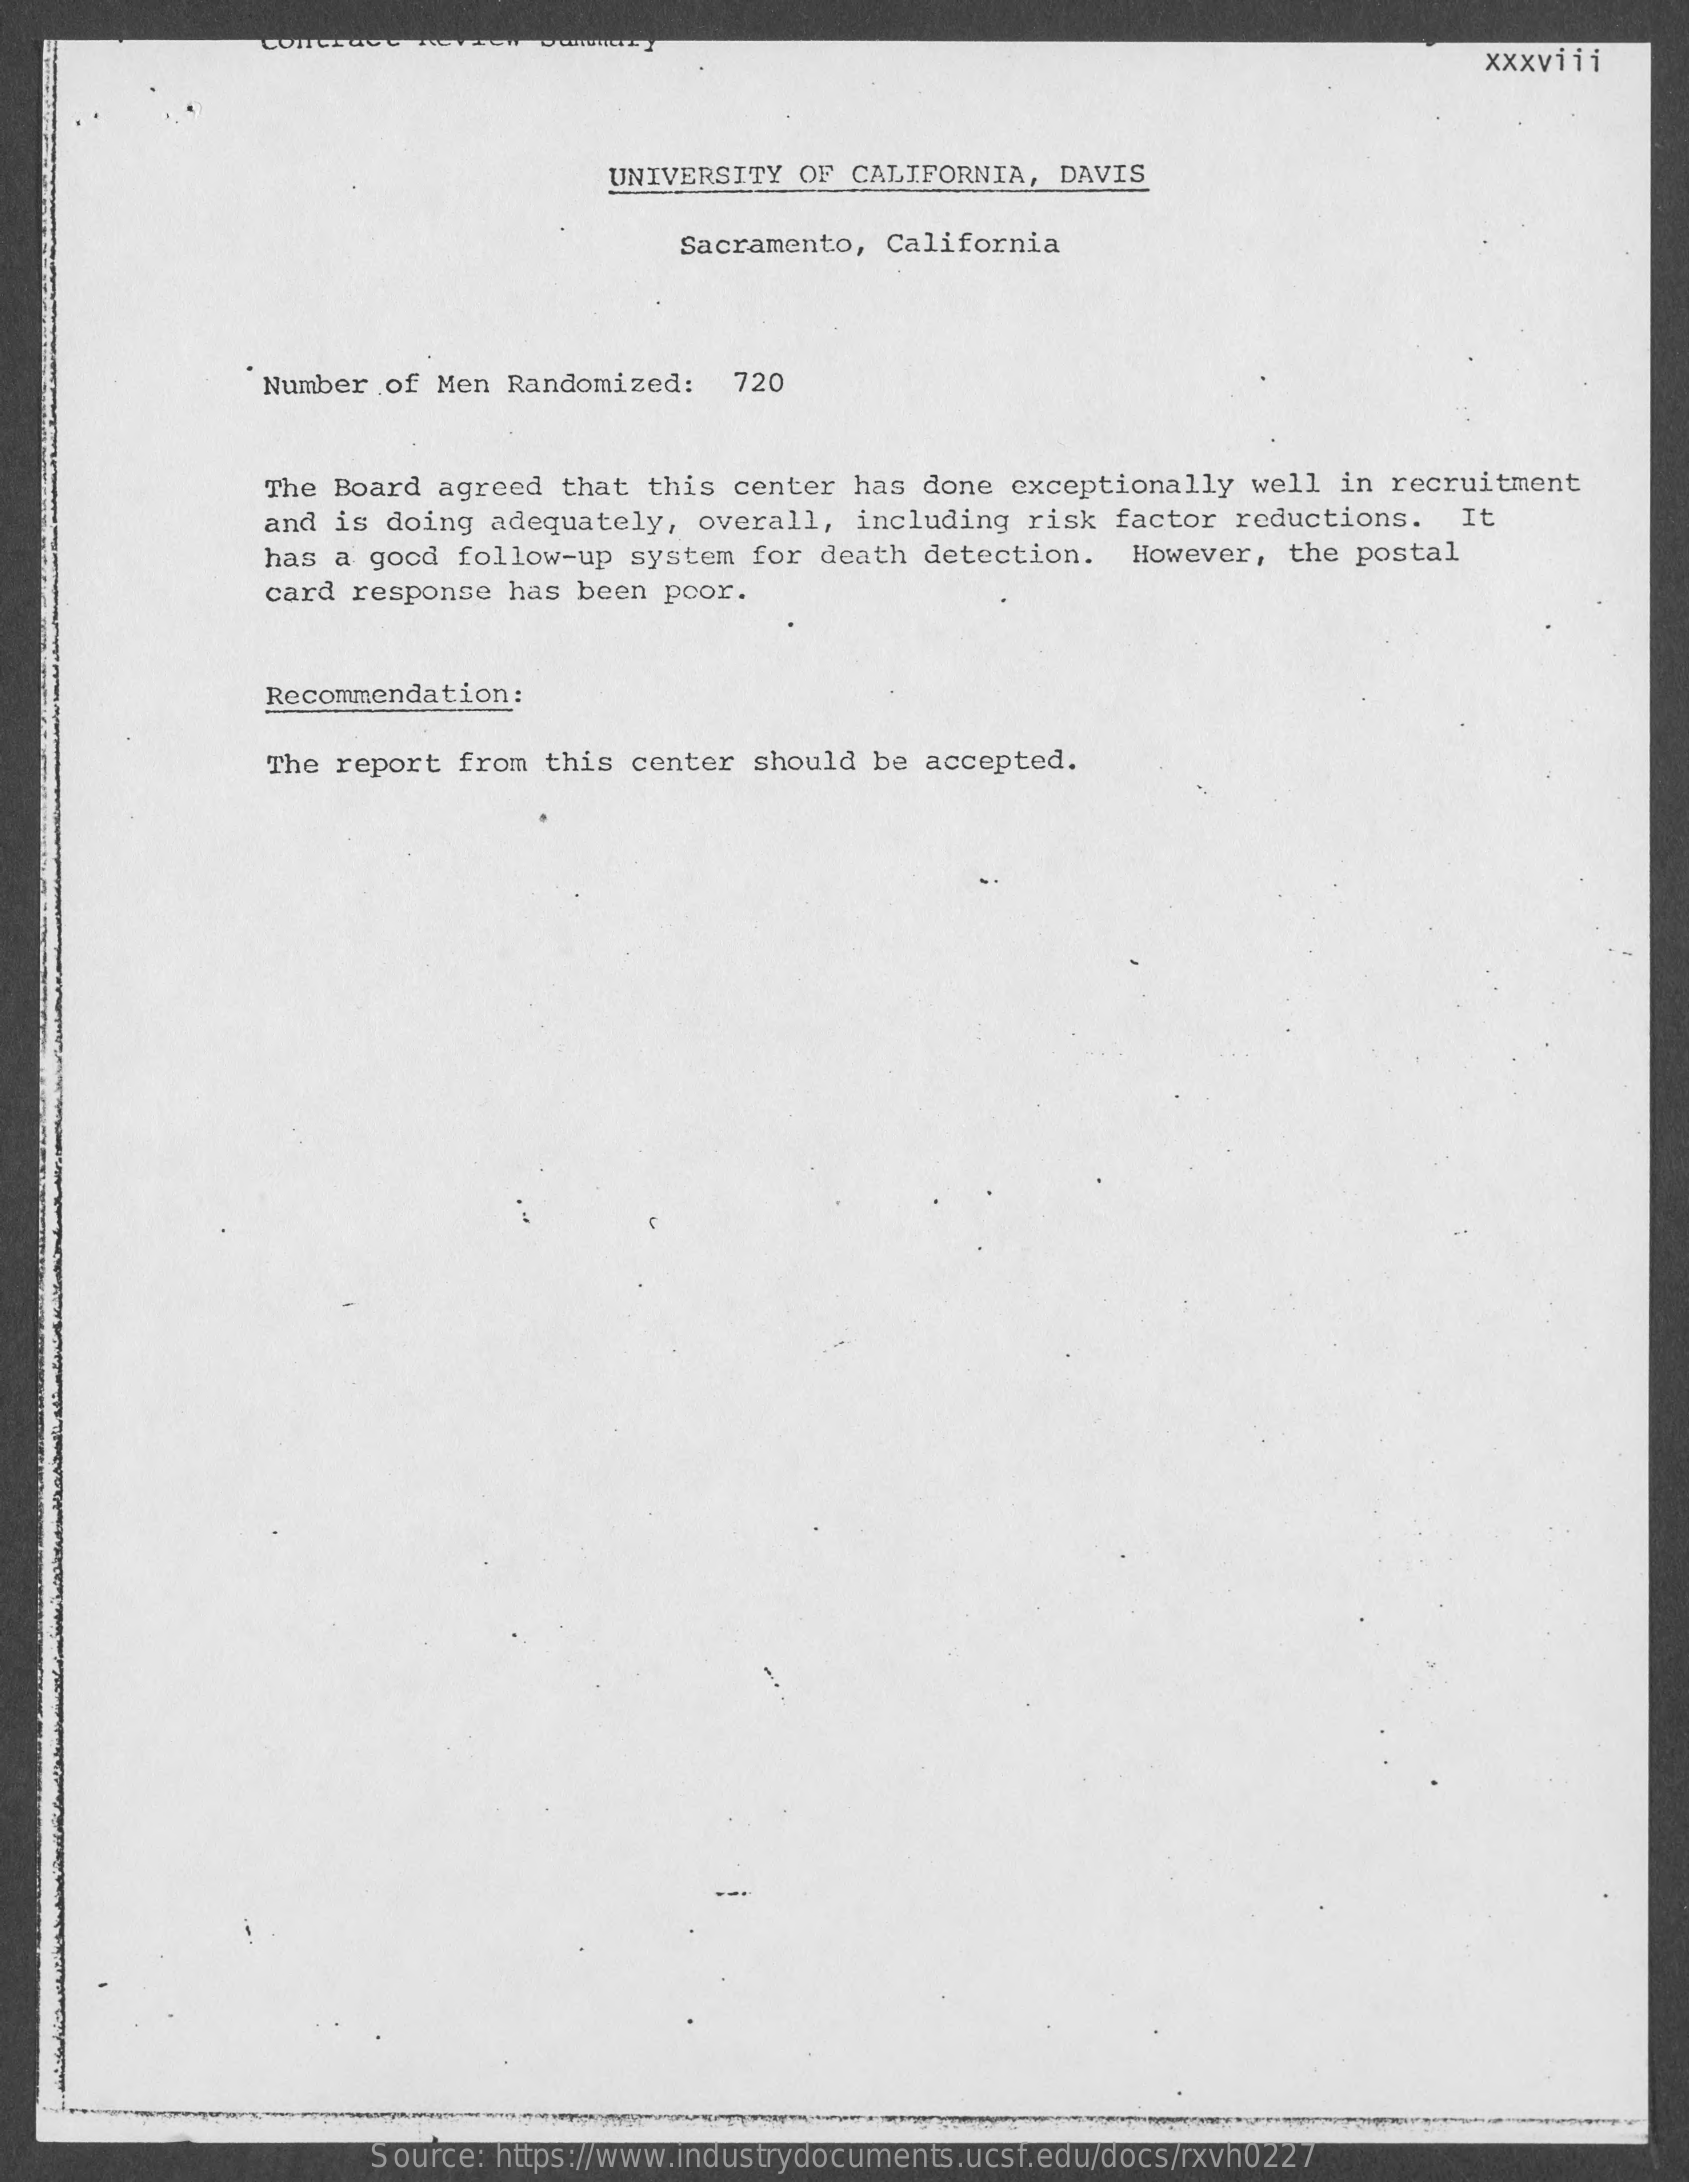
xxxviii
     UNIVERSITY OF CALIFORNIA, DAVIS
     Sacramento, California
     Number of Men Randomized: 720
     The Board agreed that this center has done exceptionally well in recruitment
     and is doing adequately, overall, including risk factor reductions. It
     has a good follow-up system for death detection. However, the postal
     card response has been poor.
     Recommendation:
     The report from this center should be accepted.
     Source: https://www.industrydocuments.ucsf.edu/docs/rxvh0227